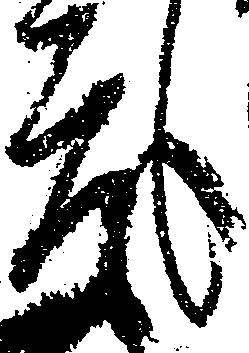
度